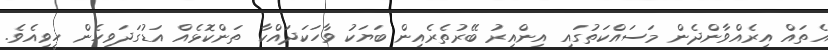
އެތައް އިރެއްވާންދެން މަސައްކަތުގައި އިންއިރު ބޭރުތެރެއިން ބަޔަކު ވާހަކަދައްކާ ތަންކޮޅެއް އަޑުގަދަވިހެން ހީވިއެވެ.